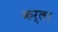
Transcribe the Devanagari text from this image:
कर्ला